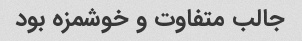
جالب متفاوت و خوشمزه بود